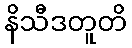
နိသီဒတူတိ